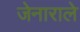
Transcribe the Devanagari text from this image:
जेनाराले